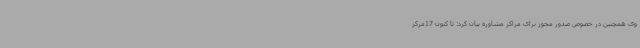
وی همچنین در خصوص صدور مجوز برای مراکز مشاوره بیان کرد: تا کنون 17مرکز